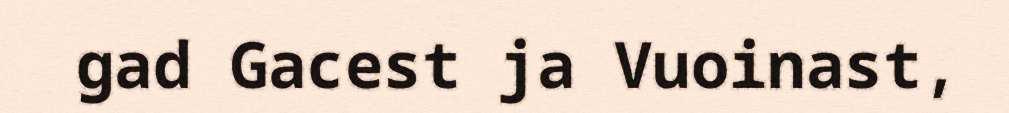
gad Gacest ja Vuoinast,